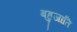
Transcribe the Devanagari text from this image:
बहुजाति